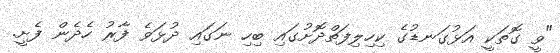
"ވީ ގޮތަކީ އަޅުގަނޑުގެ ކިހިލިފަތްދޮށުގައި ބިހި ނަގައި ދުޅަވެ ފާރު ހެދެން ފެށީ.